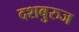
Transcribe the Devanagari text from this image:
दशबुरुज